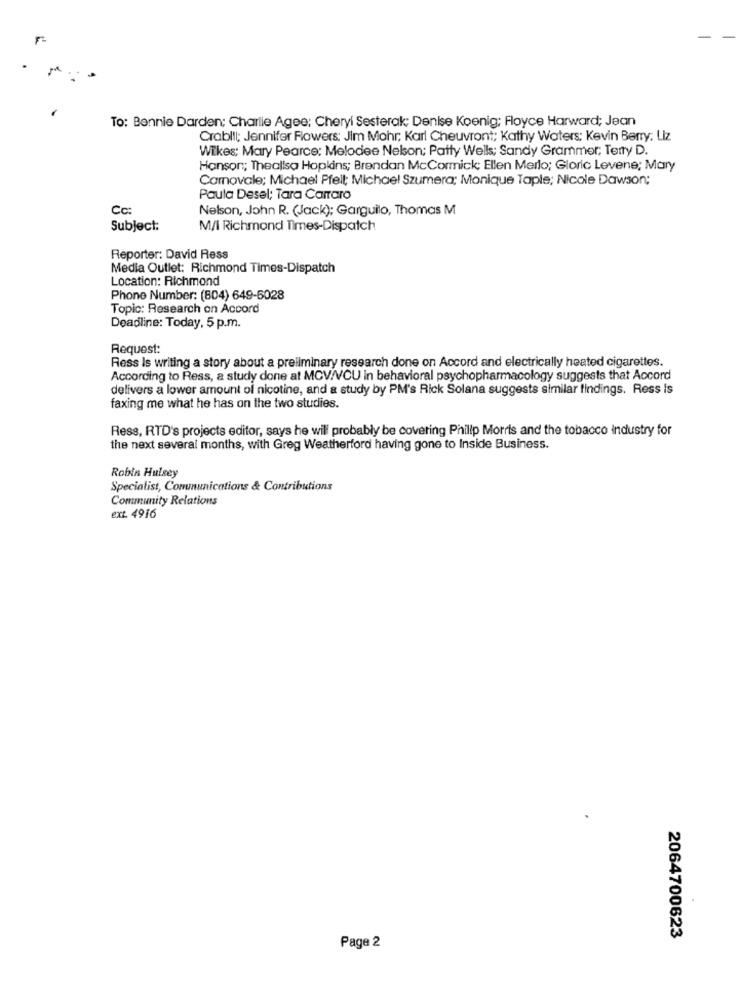
F-
To: Bennie Darden: Charlie Agee; Cheryl Sesterak; Denise Koenig; Floyce Harward; Jean
Crabl !!; Jennifer Flowers: Jim Mohr; Karl Cheuvront; Kathy Waters: Kevin Berry: Liz
Wilkes; Mary Pearce: Melodee Nelson; Patty Wells; Sandy Grammer; Terry D.
Hanson; Thealisa Hopkins; Brendan McCormick; Ellen Merlo; Gloric Levene; Mary
Carnovale; Michael Pfeil; Michael Szumera; Monique Taple; Nicole Dawson;
Paula Desel; Tara Carraro
Cc:
Nelson, John R. (Jack); Garguilo, Thomas M
Subject:
M/I Richmond Times-Dispatch
Reporter: David Ress
Media Outlet: Richmond Times-Dispatch
Location: Richmond
Phone Number: (804) 649-5028
Topic: Research on Accord
Deadline: Today, 5 p.m.
Request:
Ress Is writing a story about a preliminary research done on Accord and electrically heated cigarettes.
According to Ress, a study done at MCV/V/CU in behavioral psychopharmacology suggests that Accord
delivers a lower amount of nicotine, and a study by PM's Rick Solana suggests similar findings. Ress is
faxing me what he has on the two studies.
Ress, RTD's projects editor, says he will probably be covering Philip Morris and the tobacco industry for
the next several months, with Greg Weatherford having gone to Inside Business.
Robin Hulsey
Specialist, Communications & Contributions
Community Relations
ext. 4916
2064700623
Page 2